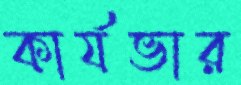
কার্যভার